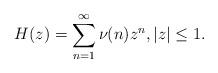
LaTeX: \begin{align*}H(z)= \sum_{n=1}^\infty \nu_{}(n)z^n,|z|\le 1.\end{align*}